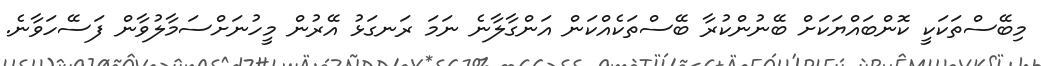
މިބޭސްތަކަކީ ކޮންބައްޔަކަށް ބޭނުންކުރާ ބޭސްތަކެއްކަން އަންގާލާނެ ނަމަ ރަނގަޅު އޭރުން މީހުނަށްސަމާލުވާން ފަސޭހަވާނެ.